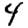
Digit: 4